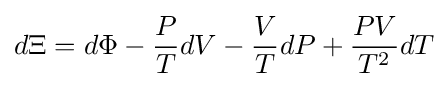
d\Xi =d\Phi -{\frac {P}{T}}dV-{\frac {V}{T}}dP+{\frac {PV}{T^{2}}}dT